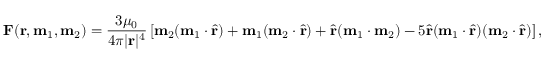
\mathbf { F } ( \mathbf { r } , \mathbf { m } _ { 1 } , \mathbf { m } _ { 2 } ) = { \frac { 3 \mu _ { 0 } } { 4 \pi | \mathbf { r } | ^ { 4 } } } \left[ \mathbf { m } _ { 2 } ( \mathbf { m } _ { 1 } \cdot { \hat { \mathbf { r } } } ) + \mathbf { m } _ { 1 } ( \mathbf { m } _ { 2 } \cdot { \hat { \mathbf { r } } } ) + { \hat { \mathbf { r } } } ( \mathbf { m } _ { 1 } \cdot \mathbf { m } _ { 2 } ) - 5 { \hat { \mathbf { r } } } ( \mathbf { m } _ { 1 } \cdot { \hat { \mathbf { r } } } ) ( \mathbf { m } _ { 2 } \cdot { \hat { \mathbf { r } } } ) \right] ,